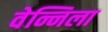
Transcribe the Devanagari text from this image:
वेन्निला